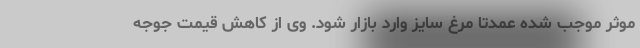
موثر موجب شده عمدتا مرغ سایز وارد بازار شود. وی از کاهش قیمت جوجه